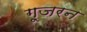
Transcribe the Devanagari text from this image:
ग़ूजरन